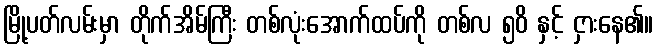
မြို့ပတ်လမ်းမှာ တိုက်အိမ်ကြီး တစ်လုံးအောက်ထပ်ကို တစ်လ ၅၀ိ နှင့် ငှားနေ၏။